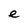
Character: e